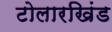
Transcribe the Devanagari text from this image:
टोलारखिंड